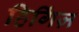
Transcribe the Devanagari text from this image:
हिगिंज़